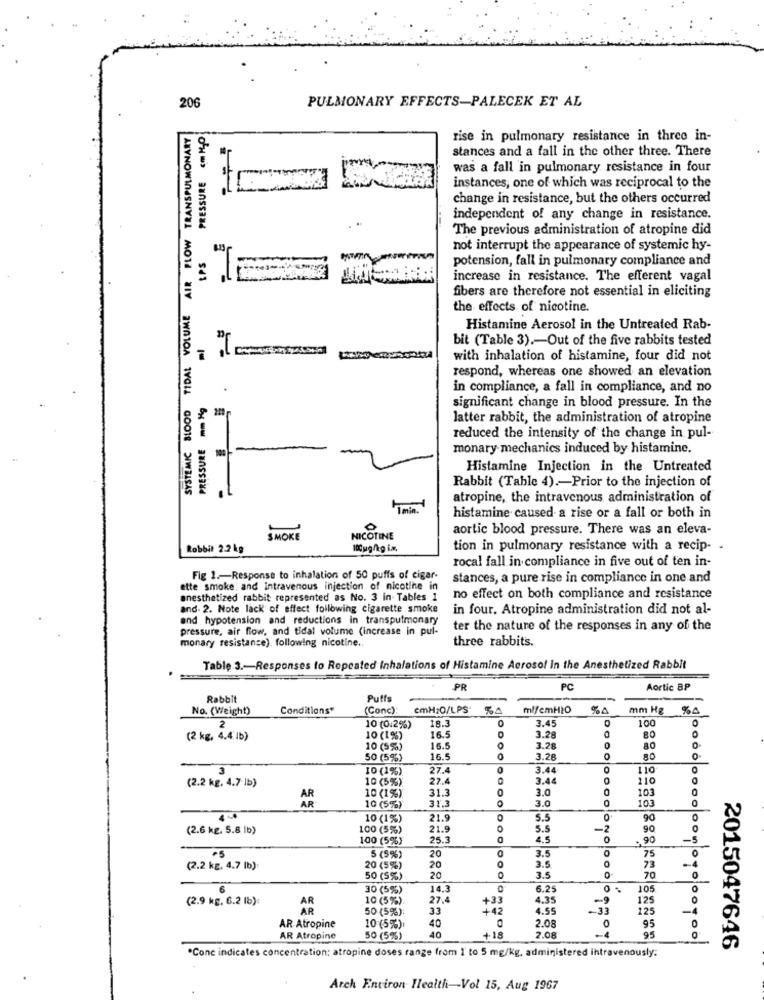
206
PULMONARY EFFECTS-PALECEK ET AL
AIR FLOW TRANSPULMONARY
PRESSURE NO
rise in pulmonary resistance in three in-
stances and a fall in the other three. There
was a fall in pulmonary resistance in four
instances, one of which was reciprocal to the
change in resistance, but the others occurred
independent of any change in resistance.
The previous administration of atropine did
not interrupt the appearance of systemic hy-
LPS
potension, fall in pulmonary compliance and
increase in resistance. The efferent vagal
fibers are therefore not essential in eliciting
SYSTEMIC BLOOD TIDAL VOLUME
the effects of nicotine.
Histamine Aerosol in the Untreated Rab-
bit (Table 3) .- Out of the five rabbits tested
with inhalation of histamine, four did not
respond, whereas one showed an elevation
in compliance, a fall in compliance, and no
PRESSURE mm Hg
significant change in blood pressure. In the
latter rabbit, the administration of atropine
reduced the intensity of the change in pul-
monary mechanics induced by histamine.
Histamine Injection in the Untreated
Rabbit (Table 4) .- Prior to the injection of
atropine, the intravenous administration of
histamine caused a rise or a fall or both in
aortic blood pressure. There was an eleva-
SMOKE
NICOTINE
Robbit 2.2 kg
tion in pulmonary resistance with a recip- -
rocal fall in compliance in five out of ten in-
Fig 1 .- Response to inhalation of 50 puffs of cigar-
stances, a pure rise in compliance in one and
ette smoke, and intravenous injection of nicotine in
anesthetized rabbit represented as No. 3 in. Tables 1
no effect on both compliance and resistance
and- 2. Note lack of effect following cigarette smoke
in four. Atropine administration did not al-
and hypotension and reductions in transpulmonary
pressure, air flow, and tidal volume (increase in pul-
ter the nature of the responses in any of the
monary resistance) following nicotine.
three rabbits.
Table 3 .- Responses to Ropcated Inhalations of Histamine Aerosol in the Anesthetized Rabbit
PR
PC
Aortic 8P
Rabbit
Puffs
No. (Weight)
Conditions*
(Conc)
emH2O/LPS 50
%0
mm Hg
80
18.3
3.45
100
10 (0.2%)
3.28
80
(2 kg, 4.4. 1b)
10 (1%)
16.5
10 (5%)
16.5
3.28
0
50 (5%)
16.5
3.26
0
80
0
3
10 (1%)
27.4
0
3.44
110
(2.2 kg. 4.7 lb)
10 (5%)
27.4
3.44
110
10 (1%)
31.3
3.0
0
103
31.3
3.0
103
10 (5%)
10 (1%)
21.9
5.5
0
90
(2.6 kg. 5.8 lb)
100 (5%)
21.9
5.5
-2
90
100 (5%)
25.3
0
4.5
0
. 90
-5
5 (5%)
20
3.5
0
75
(2.2 kg, 4.7 lb):
20 (5%)
20
3.5
0
73
0
50 (5%)
20
3.5
O
70
6
30 (5%)
14.3
6.25
105
0
(2.9 kg, 6.2 lb):
AR
10 (5%)
27.4
+33
ON
4.35
-9
125
AR
50 (5%):
33
4.42
4.55
-33
125
40
0
95
AR Atropine
10 (5%)
2.08
95
AR Atropine
50 (5%)
40
+18
2.08
.Conc indicates concentration; atropine doses range from I to 5 mg/kg, administered intravenously:
2015047646
Arch Entiron Health-Vol 15, Aug 1967